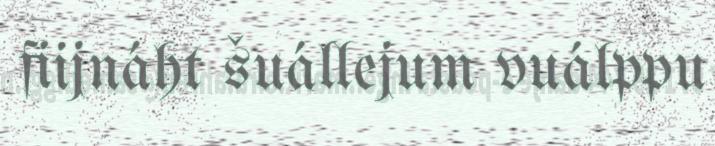
fiijnáht šuállejum vuálppu